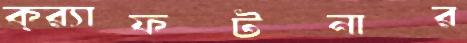
ক্র্যাফটনার